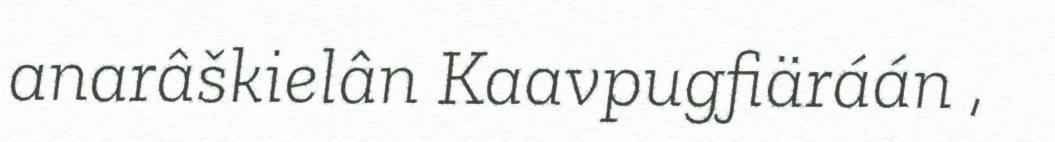
anarâškielân Kaavpugfiäráán ,